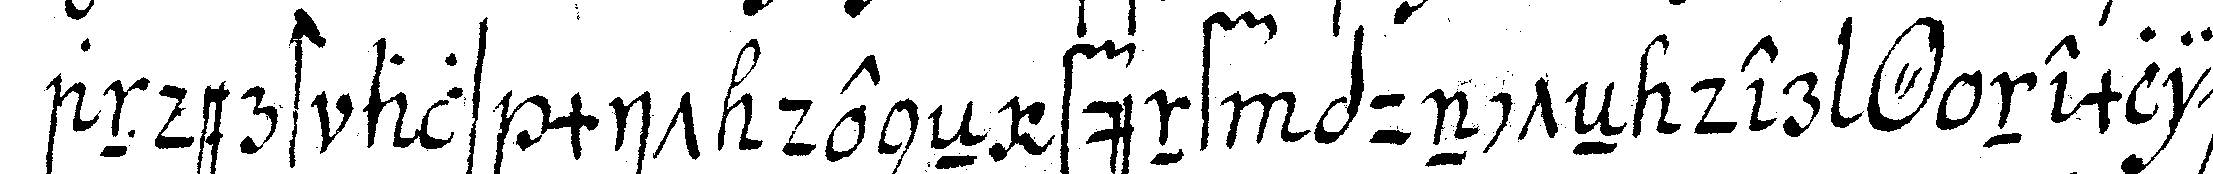
anderst als mit deneN fünf puncteN der *tri..* nemlich